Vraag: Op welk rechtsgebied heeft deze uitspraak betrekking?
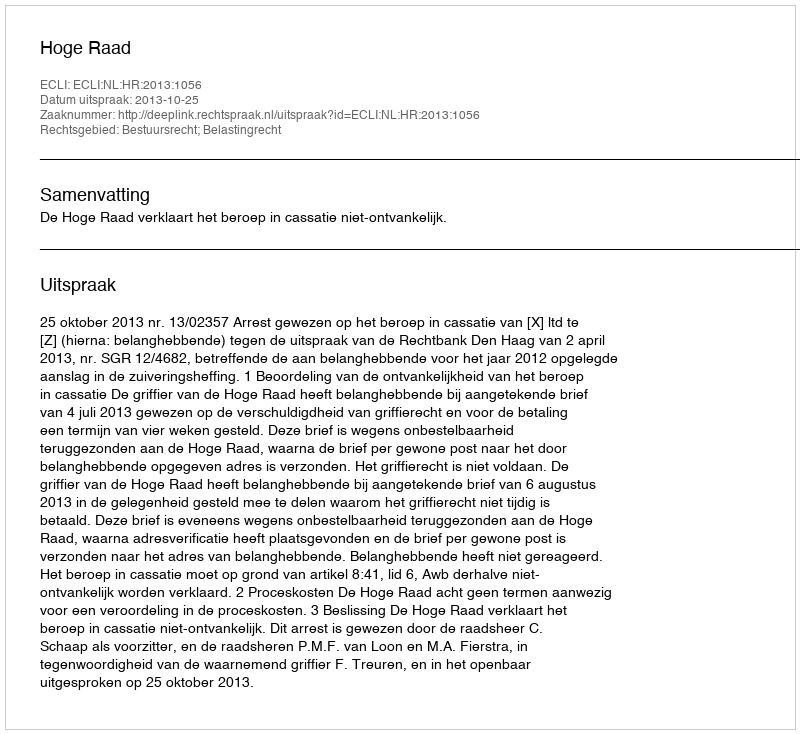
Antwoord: Bestuursrecht; Belastingrecht